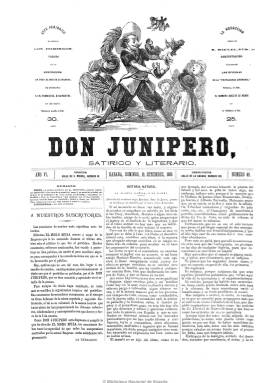
Título: Don Junípero (1869)
Colección: Revistas satíricas y humorísticas || Literatura
Ámbito geográfico: Cuba
Lugar de publicación: Habana
Fechas: 19/09/1869-31/10/1869

Este periódico “satírico y literario”  se publicó los domingos que van desde el 19 de septiembre hasta el 31 de octubre de 1869 como continuador “provisional” de El Moro Muza, manteniendo la misma estructura y redactores que el semanario al que pretende sustituir, según se señala en su primer número, y seguirá incluso su numeración. Sin embargo, el uno de octubre El Moro Muza reinicia nueva numeración y continúa publicándose simultáneamente a esta época de Don Junípero.

Una explicación a esta extraña situación la explica el afamado periodista y poeta satírico español Juan Martínez Villergas (1817-1894) en un artículo bajo el epígrafe “Pido la palabra” que publica en el número 7 de El Moro Muza, correspondiente al 14 de noviembre, en el que señala que el director de la agencia de publicaciones conocida como La Propaganda Literaria había intentado apropiarse de la singular cabecera periodística de la que era fundador y director con motivo de un viaje que había programado fuera de la isla.

En cierta bibliografía aparecen ambas cabeceras como las dos empresas periodísticas que Villergas fundó y dirigió en Cuba, sin embargo es atribuida al pintor y dibujante bilbaíno Víctor Patricio Landaluze (1830-1899) la fundación y dirección de Don Junípero ya en su primera época (1862-1867). Además, a Landaluze se le atribuye también la utilización de este seudónimo y el de “Juan Palomo”, nombre que también dará al título del semanario que publicará desde 1869 a 1874.

El Don Junípero de 1869 aparece en el momento de la insurrección cubana contra la metrópoli y llevará a cabo una “campaña de propaganda tan encarnizada como ruin” contra la independencia, tal como expresa el prólogo de Lázara Castellanos a la obra Landaluze, publicada por Editorial Letras Cubanas en 1991. Como firme defensor de la causa española, el semanario insertará artículos de carácter jocoso, destacando los dibujos, viñetas y retratos satíricos referidos a los líderes patriotas isleños del propio Landaluze, considerado como el pionero de la viñeta humorística cubana y cuya obra completa está dispersa en una treintena de periódicos y revistas.